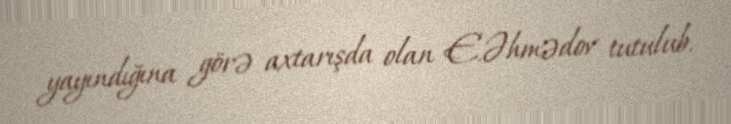
yayındığına görə axtarışda olan E.Əhmədov tutulub.